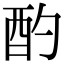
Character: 酌